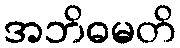
အဘိဓမတိ